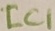
Text: IC1